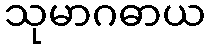
သုမာဂဓာယ